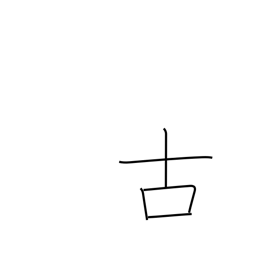
Meaning: old